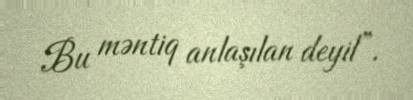
Bu məntiq anlaşılan deyil”.